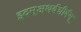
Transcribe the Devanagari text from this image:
इदम्‌अथर्वशीर्षम्‌